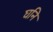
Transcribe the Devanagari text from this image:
घनि